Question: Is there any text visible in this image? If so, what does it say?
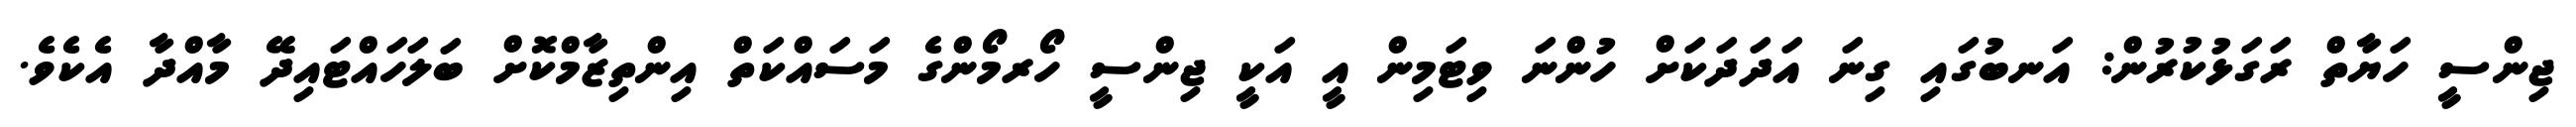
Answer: ޖިންސީ ހަޔާތް ރަގަޅުކުރުން: އަނބުގައި ގިނަ އަދަދަކަށް ހުންނަ ވިޓަމިން އީ އަކީ ޖިންސީ ހޯރމޯންގެ މަސައްކަތް އިންތިޒާމްކޮށް ބަލަހައްޓައިދޭ މާއްދާ އެކެވެ.